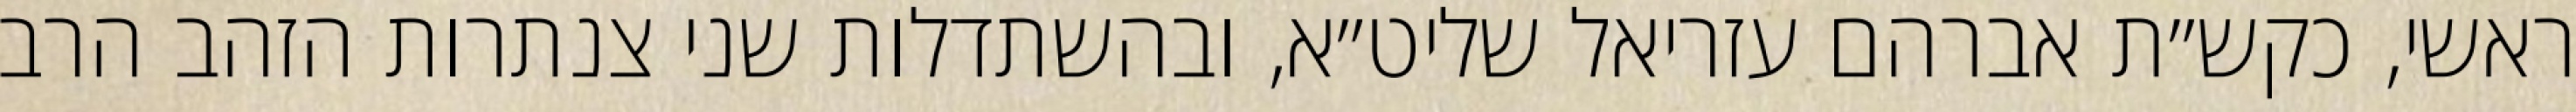
ראשי, כקש״ת אברהם עזריאל שליט״א, ובהשתדלות שני צנתרות הזהב הרב